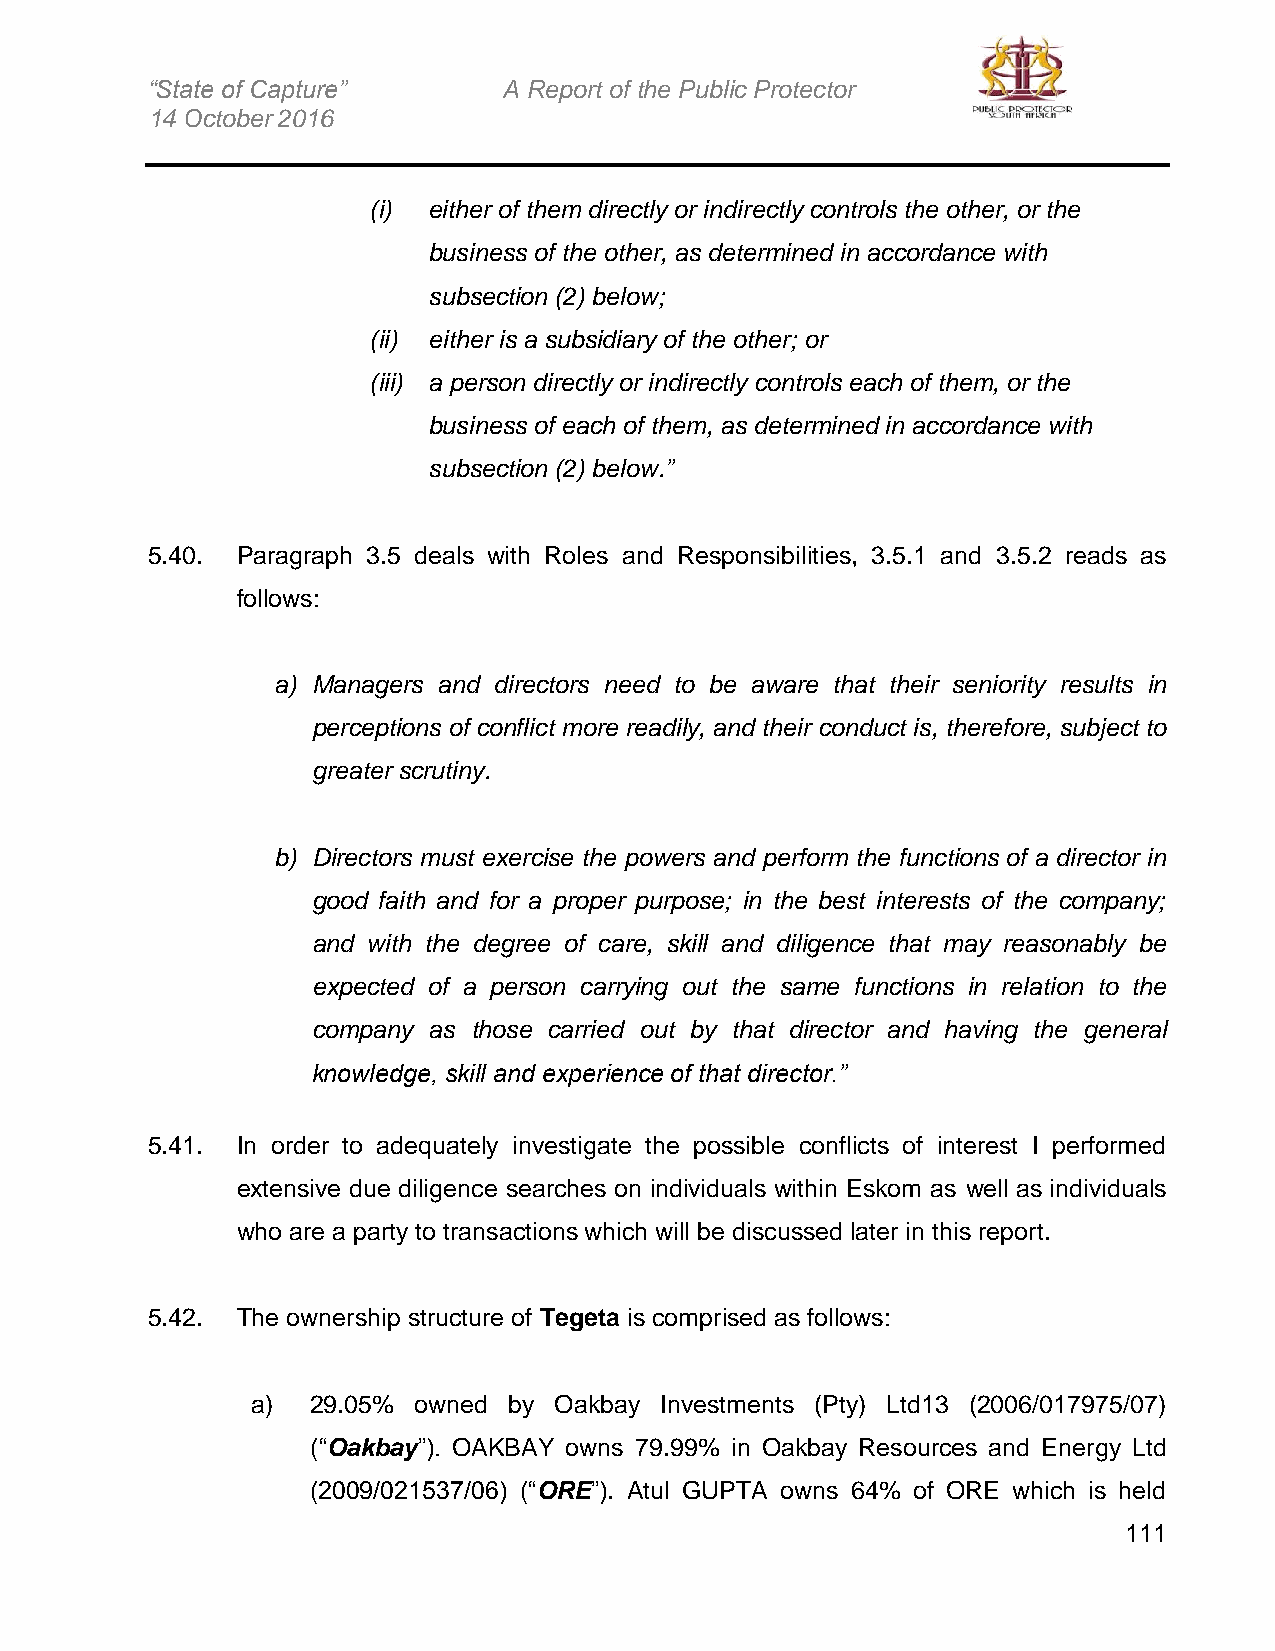
“State of Capture”     A Report of the Public Protector
 14 October 2016
 (i) either of them directly or indirectly controls the other, or the
 business of the other, as determined in accordance with
 subsection (2) below;
 (ii) either is a subsidiary of the other; or
 (iii) a person directly or indirectly controls each of them, or the
 business of each of them, as determined in accordance with
 subsection (2) below.”
 5.40. Paragraph 3.5 deals with Roles and Responsibilities, 3.5.1 and 3.5.2 reads as
 follows:
 a) Managers and directors need to be aware that their seniority results in
 perceptions of conflict more readily, and their conduct is, therefore, subject to
 greater scrutiny.
 b) Directors must exercise the powers and perform the functions of a director in
 good faith and for a proper purpose; in the best interests of the company;
 and with the degree of care, skill and diligence that may reasonably be
 expected of a person carrying out the same functions in relation to the
 company as those carried out by that director and having the general
 knowledge, skill and experience of that director.”
 5.41. In order to adequately investigate the possible conflicts of interest I performed
 extensive due diligence searches on individuals within Eskom as well as individuals
 who are a party to transactions which will be discussed later in this report.
 5.42. The ownership structure of Tegeta is comprised as follows:
 a)  29.05% owned by Oakbay Investments (Pty) Ltd13 (2006/017975/07)
 (“Oakbay”). OAKBAY owns 79.99% in Oakbay Resources and Energy Ltd
 (2009/021537/06) (“ORE”). Atul GUPTA owns 64% of ORE which is held
 111